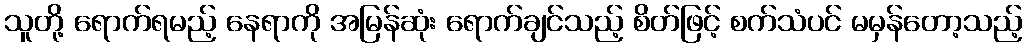
သူတို့ ရောက်ရမည့် နေရာကို အမြန်ဆုံး ရောက်ချင်သည့် စိတ်ဖြင့် စက်သံပင် မမှန်တော့သည့်